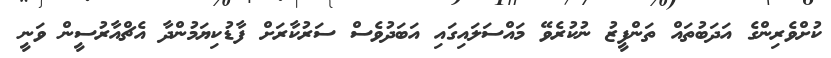
ކުށްވެރިންގެ އަދަބުތައް ތަންފީޒު ނުކުރެވޭ މައްސަލައިގައި އަބަދުވެސް ސަރުކާރަށް ފާޑުކިޔަމުންދާ އެޗްއާރުސީން ވަނީ